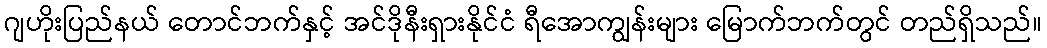
ဂျဟိုးပြည်နယ် တောင်ဘက်နှင့် အင်ဒိုနီးရှားနိုင်ငံ ရီအောကျွန်းများ မြောက်ဘက်တွင် တည်ရှိသည်။